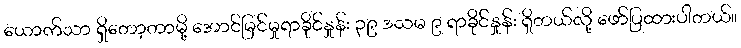
ယောက်သာ ရှိတော့တာမို့ အောင်မြင်မှုရာခိုင်နှုန်း ၃၉ ဒသမ ၉ ရာခိုင်နှုန်း ရှိတယ်လို့ ဖော်ပြထားပါတယ်။